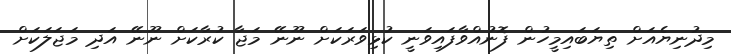
މިދުނިޔެއަށް ތިޔަބައިމީހުން ފޮނުއްވާފައިވަނީ ކުޅިވަރަކަށް ނޫނޭ މަޖާ ކުރާކަށް ނޫނޭ އަދި މަޖަލަކަށް